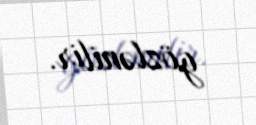
gözlənilir.